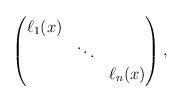
LaTeX: \begin{align*}\begin{pmatrix} \ell_{1}(x) & &\\& \ddots &\\&&\ell_{n}(x)\end{pmatrix},\end{align*}